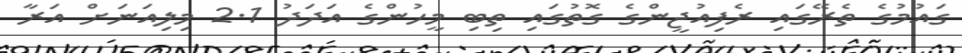
ގައުމުގެ ތެރޭގައި ރެފިއުޖީންގެ ގޮތުގައި ތިބި މީހުންގެ އަދަދު 2.1 މިލިއަނަށް އަރާ